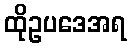
ထိုဥပဒေအရ